Lunatic asylums Punjab 1868-1880 - 1868-1880
Year: 1868
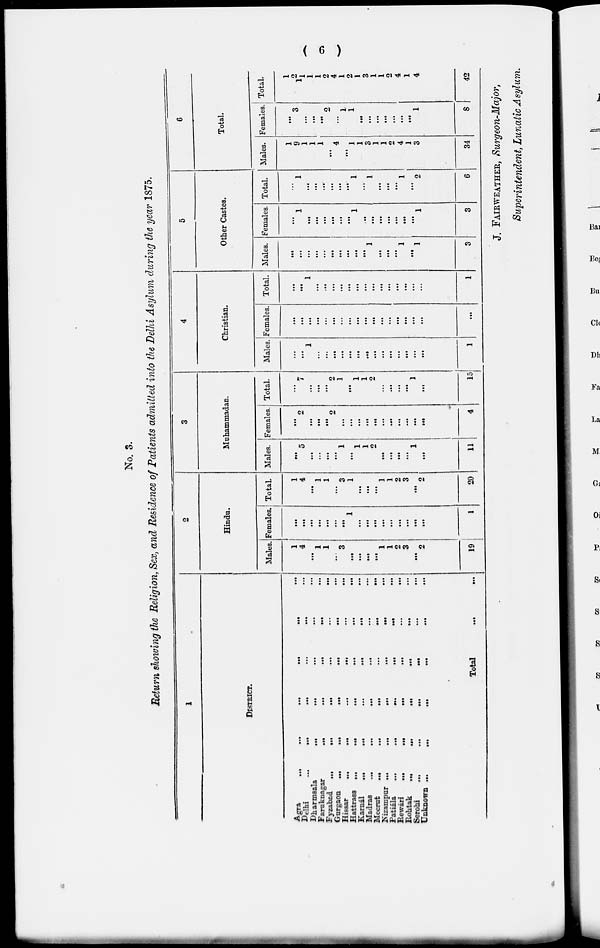
( 6 )
No. 3.
Return showing the Religion, Sex, and Residence of Patients admitted into the Delhi Asylum during the year 1875.
1
DISTRICT
Agra ... ... ... ... ... ...
Delhi
...
...
...
...
...
...
Dharmsala
...
...
...
...
...
Faruknagar
...
...
...
...
...
Fyzabad ...
...
...
....
...
...
Gurgaon
...
...
...
...
...
...
Hissar
...
...
...
...
...
...
Hattrass ...
...
...
...
...
...
Karnál
...
...
...
...
...
...
Madras ... ... ... ... ... ...
Meerut
...
...
...
...
...
...
Nizampur
...
...
...
...
...
...
Patiála
...
...
...
...
...
...
Rewári ...
...
...
...
...
...
Rohtak ... ... ... ... ... ...
Serohi
...
...
...
...
...
...
Unknown ...
...
...
...
...
Total ... ...
2
Hindu.
Males.
1
4
...
1
1
...
3
...
...
...
...
1
1
2
3
...
2
19
Females.
...
...
...
...
...
...
...
1
...
...
...
...
...
...
...
...
...
1
Total.
1
4
...
1
1
...
3
1
...
...
...
1
1
2
3
...
2
20
3
Muhammadan.
Males.
...
5
...
...
...
...
1
...
1
1
2
...
...
...
...
1
...
11
Females.
...
2
...
...
...
2
...
...
...
...
...
...
...
...
...
...
...
4
Total.
...
7
...
...
...
2
1
...
1
1
2
...
...
...
...
1
...
15
4
Christian.
Males.
...
...
1
...
...
...
...
...
...
...
...
...
...
...
...
...
...
1
Females.
...
...
...
...
...
...
...
...
...
...
...
...
...
...
...
...
...
...
Total.
...
...
1
...
...
...
...
...
...
...
...
...
...
...
...
...
...
...
5
Other Castes.
Males.
...
...
...
...
...
...
...
...
...
...
1
...
...
...
1
...
1
3
Females.
...
1
...
...
...
...
...
...
1
...
...
...
...
...
...
...
1
3
Total.
...
1
...
...
...
...
...
...
1
....
1
...
...
...
1
...
2
6
6
Total.
Males.
1
9
1
1
1
...
4
...
1
1
3
1
1
2
4
1
3
34
Females.
...
3
...
...
...
2
...
1
1
...
...
...
...
...
...
...
1
8
Total.
1
2 1
1
1
2
4
1
2
1
3
1
1
2
4
1
4
42
J. FAIRWEATHER, Surgeon-Major,
Superintendent, Lunatic Asylum.